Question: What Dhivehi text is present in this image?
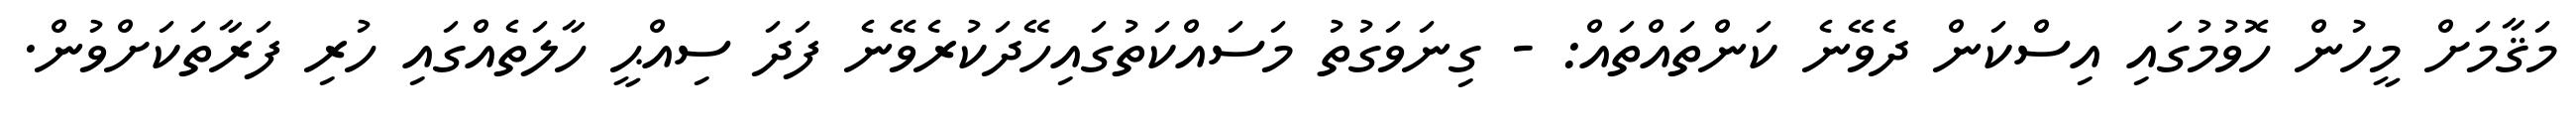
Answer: މަޤާމަށް މީހުން ހޮވުމުގައި އިސްކަން ދެވޭނެ ކަންތައްތައް: - ގިނަވަގުތު މަސައްކަތުގައިހޭދަކުރެވޭނެ ފަދަ ސިއްޙީ ހާލަތެއްގައި ހުރި ފަރާތަކަށްވުން.